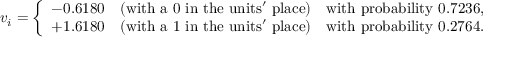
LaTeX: v _ { i } = { \left\{ \begin{array} { l l } { - 0 . 6 1 8 0 \quad { \mathrm { ( w i t h ~ a ~ 0 ~ i n ~ t h e ~ u n i t s ' ~ p l a c e ) } } } & { { \mathrm { w i t h ~ p r o b a b i l i t y ~ } } 0 . 7 2 3 6 , } \\ { + 1 . 6 1 8 0 \quad { \mathrm { ( w i t h ~ a ~ 1 ~ i n ~ t h e ~ u n i t s ' ~ p l a c e ) } } } & { { \mathrm { w i t h ~ p r o b a b i l i t y ~ } } 0 . 2 7 6 4 . } \end{array} \right. }